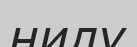
нилу